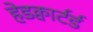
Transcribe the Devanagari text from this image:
हेडक्वार्टर्ड